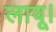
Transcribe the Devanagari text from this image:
लावू।